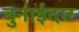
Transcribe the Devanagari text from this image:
बुनाईदार